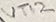
Text: VT12